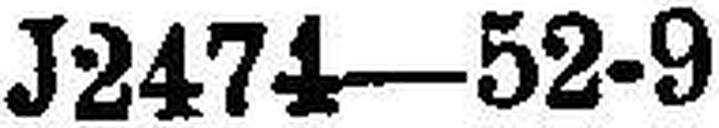
J2474—52-9